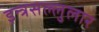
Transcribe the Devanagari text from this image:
इन्त्रसल्लुलार